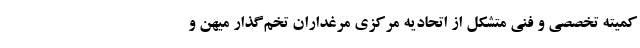
کمیته تخصصی و فنی متشکل از اتحادیه مرکزی مرغداران تخم‌گذار میهن و